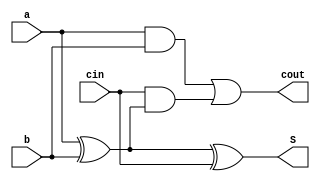
module FA(a, b, cin, S, cout); //bo cong full adder
  input a,b,cin;
  output S,cout;
  
  assign S=a^b^cin;
  assign cout=((a&b)|(cin&(a^b)));
  
endmodule


//adder 8bit
module adder_8bit(in1, in2, S, Cout);//bo cong 8 bit
  input [7:0] in1, in2;
  output [7:0] S;
  output Cout;
  
  wire [7:1] temp;
  
  FA FA_0(.a(in1[0]), .b(in2[0]), .cin(1'b0), .S(S[0]), .cout(temp[1]));
  FA FA_1(.a(in1[1]), .b(in2[1]), .cin(temp[1]), .S(S[1]), .cout(temp[2]));
  FA FA_2(.a(in1[2]), .b(in2[2]), .cin(temp[2]), .S(S[2]), .cout(temp[3]));
  FA FA_3(.a(in1[3]), .b(in2[3]), .cin(temp[3]), .S(S[3]), .cout(temp[4]));
  FA FA_4(.a(in1[4]), .b(in2[4]), .cin(temp[4]), .S(S[4]), .cout(temp[5]));
  FA FA_5(.a(in1[5]), .b(in2[5]), .cin(temp[5]), .S(S[5]), .cout(temp[6]));
  FA FA_6(.a(in1[6]), .b(in2[6]), .cin(temp[6]), .S(S[6]), .cout(temp[7]));
  FA FA_7(.a(in1[7]), .b(in2[7]), .cin(temp[7]), .S(S[7]), .cout(Cout));
endmodule 
//adder 9bit
module adder_9bit(in1, in2, S, Cout);//bo cong 9bit
  input [8:0] in1, in2;
  output [8:0] S;
  output Cout;
  
  wire [8:1] temp;
 
  FA FA_0(.a(in1[0]), .b(in2[0]), .cin(1'b0), .S(S[0]), .cout(temp[1]));
  FA FA_1(.a(in1[1]), .b(in2[1]), .cin(temp[1]), .S(S[1]), .cout(temp[2]));
  FA FA_2(.a(in1[2]), .b(in2[2]), .cin(temp[2]), .S(S[2]), .cout(temp[3]));
  FA FA_3(.a(in1[3]), .b(in2[3]), .cin(temp[3]), .S(S[3]), .cout(temp[4]));
  FA FA_4(.a(in1[4]), .b(in2[4]), .cin(temp[4]), .S(S[4]), .cout(temp[5]));
  FA FA_5(.a(in1[5]), .b(in2[5]), .cin(temp[5]), .S(S[5]), .cout(temp[6]));
  FA FA_6(.a(in1[6]), .b(in2[6]), .cin(temp[6]), .S(S[6]), .cout(temp[7]));
  FA FA_7(.a(in1[7]), .b(in2[7]), .cin(temp[7]), .S(S[7]), .cout(temp[8]));
  FA FA_8(.a(in1[8]), .b(in2[8]), .cin(temp[8]), .S(S[8]), .cout(Cout));
endmodule
//adder 10bit

module adder_10bit(in1, in2, S, Cout);//bo cong 10bit
  input [9:0] in1, in2;
  output [9:0] S;
  output Cout;
  
  wire [9:1] temp;

  FA FA_10(.a(in1[0]), .b(in2[0]), .cin(1'b0), .S(S[0]), .cout(temp[1]));
  FA FA_11(.a(in1[1]), .b(in2[1]), .cin(temp[1]), .S(S[1]), .cout(temp[2]));
  FA FA_12(.a(in1[2]), .b(in2[2]), .cin(temp[2]), .S(S[2]), .cout(temp[3]));
  FA FA_13(.a(in1[3]), .b(in2[3]), .cin(temp[3]), .S(S[3]), .cout(temp[4]));
  FA FA_14(.a(in1[4]), .b(in2[4]), .cin(temp[4]), .S(S[4]), .cout(temp[5]));
  FA FA_15(.a(in1[5]), .b(in2[5]), .cin(temp[5]), .S(S[5]), .cout(temp[6]));
  FA FA_16(.a(in1[6]), .b(in2[6]), .cin(temp[6]), .S(S[6]), .cout(temp[7]));
  FA FA_17(.a(in1[7]), .b(in2[7]), .cin(temp[7]), .S(S[7]), .cout(temp[8]));
  FA FA_18(.a(in1[8]), .b(in2[8]), .cin(temp[8]), .S(S[8]), .cout(temp[9]));
  FA FA_19(.a(in1[9]), .b(in2[9]), .cin(temp[9]), .S(S[9]), .cout(Cout));
endmodule

//adder 25bit
module adder_25bit(in1, in2, S, Cout);//bo cong 25bit
  input [24:0] in1, in2;
  output [24:0] S;
  output Cout;
  
  wire [24:1] temp;
  
  FA FA_20(.a(in1[0]), .b(in2[0]), .cin(1'b0), .S(S[0]), .cout(temp[1]));
  FA FA_21(.a(in1[1]), .b(in2[1]), .cin(temp[1]), .S(S[1]), .cout(temp[2]));
  FA FA_22(.a(in1[2]), .b(in2[2]), .cin(temp[2]), .S(S[2]), .cout(temp[3]));
  FA FA_23(.a(in1[3]), .b(in2[3]), .cin(temp[3]), .S(S[3]), .cout(temp[4]));
  FA FA_24(.a(in1[4]), .b(in2[4]), .cin(temp[4]), .S(S[4]), .cout(temp[5]));
  FA FA_25(.a(in1[5]), .b(in2[5]), .cin(temp[5]), .S(S[5]), .cout(temp[6]));
  FA FA_26(.a(in1[6]), .b(in2[6]), .cin(temp[6]), .S(S[6]), .cout(temp[7]));
  FA FA_27(.a(in1[7]), .b(in2[7]), .cin(temp[7]), .S(S[7]), .cout(temp[8]));
  FA FA_28(.a(in1[8]), .b(in2[8]), .cin(temp[8]), .S(S[8]), .cout(temp[9]));
  FA FA_29(.a(in1[9]), .b(in2[9]), .cin(temp[9]), .S(S[9]), .cout(temp[10]));
  FA FA_30(.a(in1[10]), .b(in2[10]), .cin(temp[10]), .S(S[10]), .cout(temp[11]));
  FA FA_31(.a(in1[11]), .b(in2[11]), .cin(temp[11]), .S(S[11]), .cout(temp[12]));
  FA FA_32(.a(in1[12]), .b(in2[12]), .cin(temp[12]), .S(S[12]), .cout(temp[13]));
  FA FA_33(.a(in1[13]), .b(in2[13]), .cin(temp[13]), .S(S[13]), .cout(temp[14]));
  FA FA_34(.a(in1[14]), .b(in2[14]), .cin(temp[14]), .S(S[14]), .cout(temp[15]));
  FA FA_35(.a(in1[15]), .b(in2[15]), .cin(temp[15]), .S(S[15]), .cout(temp[16]));
  FA FA_36(.a(in1[16]), .b(in2[16]), .cin(temp[16]), .S(S[16]), .cout(temp[17]));
  FA FA_37(.a(in1[17]), .b(in2[17]), .cin(temp[17]), .S(S[17]), .cout(temp[18]));
  FA FA_38(.a(in1[18]), .b(in2[18]), .cin(temp[18]), .S(S[18]), .cout(temp[19]));
  FA FA_39(.a(in1[19]), .b(in2[19]), .cin(temp[19]), .S(S[19]), .cout(temp[20]));
  FA FA_40(.a(in1[20]), .b(in2[20]), .cin(temp[20]), .S(S[20]), .cout(temp[21]));
  FA FA_41(.a(in1[21]), .b(in2[21]), .cin(temp[21]), .S(S[21]), .cout(temp[22]));
  FA FA_42(.a(in1[22]), .b(in2[22]), .cin(temp[22]), .S(S[22]), .cout(temp[23]));
  FA FA_43(.a(in1[23]), .b(in2[23]), .cin(temp[23]), .S(S[23]), .cout(temp[24]));
  FA FA_44(.a(in1[24]), .b(in2[24]), .cin(temp[24]), .S(S[24]), .cout(Cout));
endmodule 

//adder 26bit

module adder_26bit(in1, in2, S, Cout);//bo cong 26bit
  input [25:0] in1, in2;
  output [25:0] S;
  output Cout;
  
  wire [25:1] temp;
  
  FA FA_50(.a(in1[0]), .b(in2[0]), .cin(1'b0), .S(S[0]), .cout(temp[1]));
  FA FA_51(.a(in1[1]), .b(in2[1]), .cin(temp[1]), .S(S[1]), .cout(temp[2]));
  FA FA_52(.a(in1[2]), .b(in2[2]), .cin(temp[2]), .S(S[2]), .cout(temp[3]));
  FA FA_53(.a(in1[3]), .b(in2[3]), .cin(temp[3]), .S(S[3]), .cout(temp[4]));
  FA FA_54(.a(in1[4]), .b(in2[4]), .cin(temp[4]), .S(S[4]), .cout(temp[5]));
  FA FA_55(.a(in1[5]), .b(in2[5]), .cin(temp[5]), .S(S[5]), .cout(temp[6]));
  FA FA_56(.a(in1[6]), .b(in2[6]), .cin(temp[6]), .S(S[6]), .cout(temp[7]));
  FA FA_57(.a(in1[7]), .b(in2[7]), .cin(temp[7]), .S(S[7]), .cout(temp[8]));
  FA FA_58(.a(in1[8]), .b(in2[8]), .cin(temp[8]), .S(S[8]), .cout(temp[9]));
  FA FA_59(.a(in1[9]), .b(in2[9]), .cin(temp[9]), .S(S[9]), .cout(temp[10]));
  FA FA_60(.a(in1[10]), .b(in2[10]), .cin(temp[10]), .S(S[10]), .cout(temp[11]));
  FA FA_61(.a(in1[11]), .b(in2[11]), .cin(temp[11]), .S(S[11]), .cout(temp[12]));
  FA FA_62(.a(in1[12]), .b(in2[12]), .cin(temp[12]), .S(S[12]), .cout(temp[13]));
  FA FA_63(.a(in1[13]), .b(in2[13]), .cin(temp[13]), .S(S[13]), .cout(temp[14]));
  FA FA_64(.a(in1[14]), .b(in2[14]), .cin(temp[14]), .S(S[14]), .cout(temp[15]));
  FA FA_65(.a(in1[15]), .b(in2[15]), .cin(temp[15]), .S(S[15]), .cout(temp[16]));
  FA FA_66(.a(in1[16]), .b(in2[16]), .cin(temp[16]), .S(S[16]), .cout(temp[17]));
  FA FA_67(.a(in1[17]), .b(in2[17]), .cin(temp[17]), .S(S[17]), .cout(temp[18]));
  FA FA_68(.a(in1[18]), .b(in2[18]), .cin(temp[18]), .S(S[18]), .cout(temp[19]));
  FA FA_69(.a(in1[19]), .b(in2[19]), .cin(temp[19]), .S(S[19]), .cout(temp[20]));
  FA FA_70(.a(in1[20]), .b(in2[20]), .cin(temp[20]), .S(S[20]), .cout(temp[21]));
  FA FA_71(.a(in1[21]), .b(in2[21]), .cin(temp[21]), .S(S[21]), .cout(temp[22]));
  FA FA_72(.a(in1[22]), .b(in2[22]), .cin(temp[22]), .S(S[22]), .cout(temp[23]));
  FA FA_73(.a(in1[23]), .b(in2[23]), .cin(temp[23]), .S(S[23]), .cout(temp[24]));
  FA FA_74(.a(in1[24]), .b(in2[24]), .cin(temp[24]), .S(S[24]), .cout(temp[25]));
  FA FA_75(.a(in1[25]), .b(in2[25]), .cin(temp[25]), .S(S[25]), .cout(Cout));
endmodule